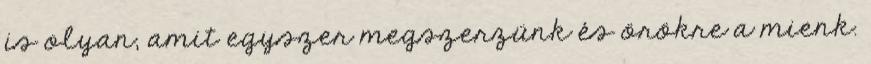
is olyan, amit egyszer megszerzünk és örökre a mienk.